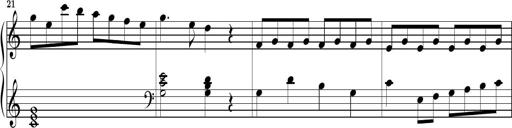
Title: Piano Sonatina No.1
Composer: Dimitri Sykias
Key: D minor